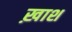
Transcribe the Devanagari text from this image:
ख़ाश